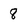
Character: 8